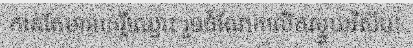
កាន់តែមានកេរ្តិ៍ឈ្មោះ រួមចំណែកលើកស្ទួយវិស័យ